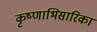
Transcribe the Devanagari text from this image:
कृष्णाभिसारिका